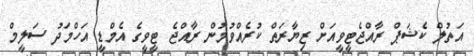
އަތުލް ކެޝަޕް ރާއްޖެޓީވީއަށް ޒިޔާރަތް ކުރެއްވުމުން ރާއްޖެ ޓީވީގެ އެމްޑީ އަހްމަދު ސަލީމް